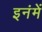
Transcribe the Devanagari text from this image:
इनंमें